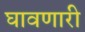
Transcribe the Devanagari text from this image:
घावणारी